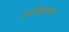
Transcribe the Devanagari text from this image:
समीक्षकाचा